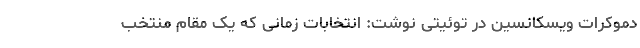
دموکرات ویسکانسین در توئیتی نوشت: انتخابات زمانی که یک مقام منتخب